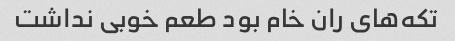
تکه‌های ران خام بود طعم خوبی نداشت